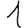
Digit: 1